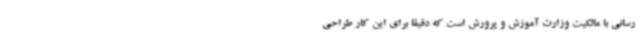
رسانی با مالکیت وزارت آموزش و پرورش است که دقیقاً برای این کار طراحی